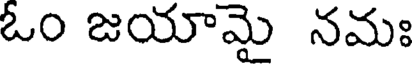
ఓం జయామై నమః